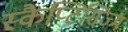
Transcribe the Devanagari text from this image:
स्कैप्टिसिज्म